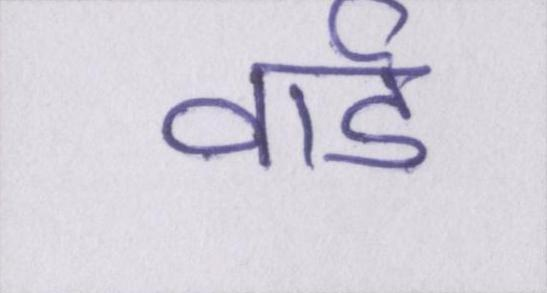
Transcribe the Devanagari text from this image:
वार्ड